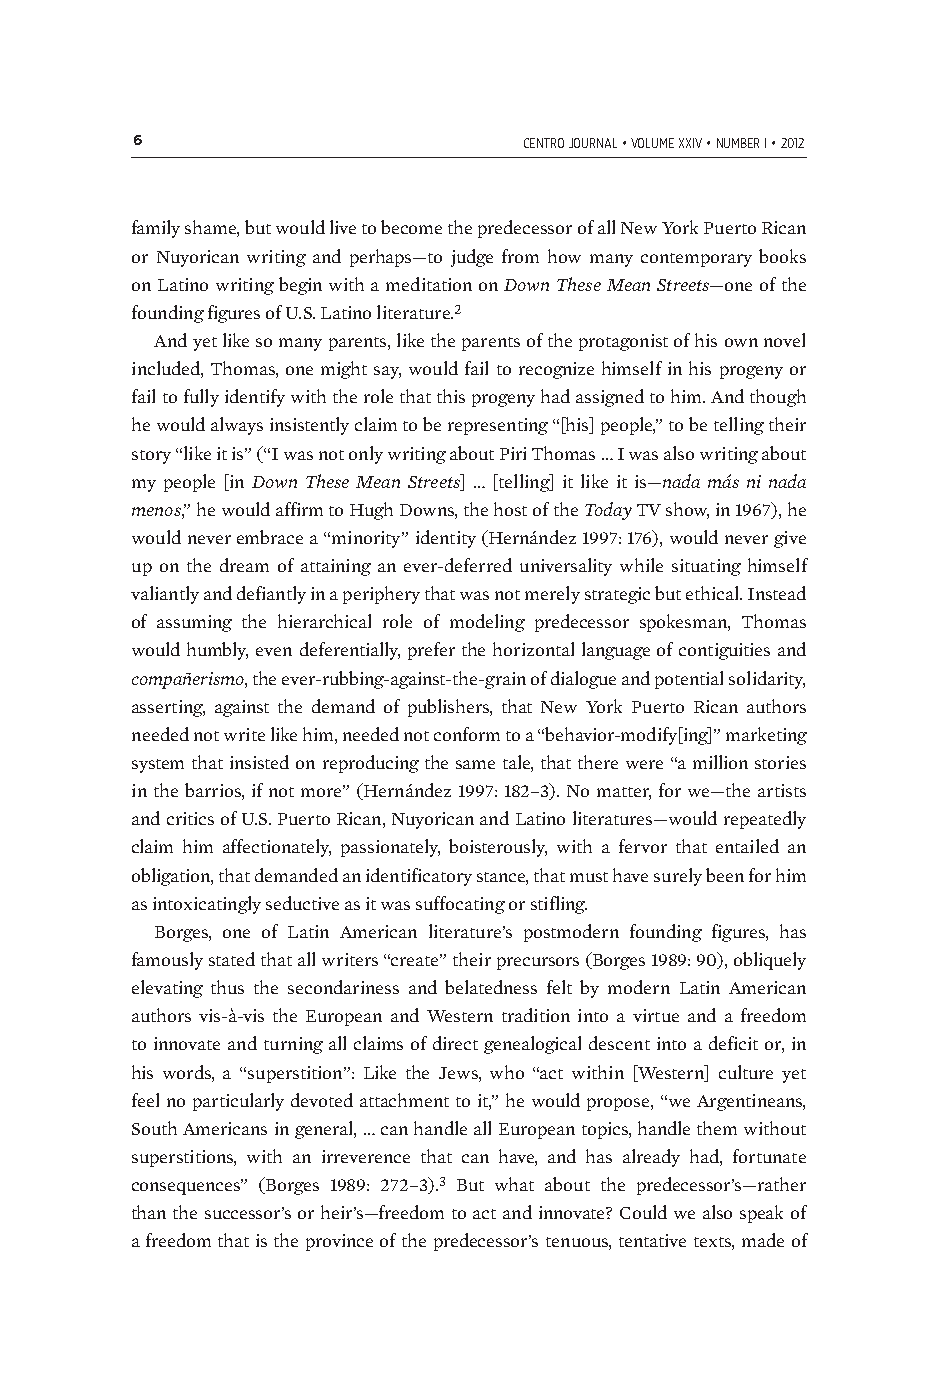
6                         centro journal • volume xxiv • number i • 2012
 family shame, but would live to become the predecessor of all New York Puerto Rican
 or Nuyorican writing and perhaps—to judge from how many contemporary books
 on Latino writing begin with a meditation on Down These Mean Streets—one of the
 founding figures of U.S. Latino literature.2
 And yet like so many parents, like the parents of the protagonist of his own novel
 included, Thomas, one might say, would fail to recognize himself in his progeny or
 fail to fully identify with the role that this progeny had assigned to him. And though
 he would always insistently claim to be representing “[his] people,” to be telling their
 story “like it is” (“I was not only writing about Piri Thomas … I was also writing about
 my people [in Down These Mean Streets] … [telling] it like it is—nada más ni nada
 menos,” he would affirm to Hugh Downs, the host of the Today TV show, in 1967), he
 would never embrace a “minority” identity (Hernández 1997: 176), would never give
 up on the dream of attaining an ever-deferred universality while situating himself
 valiantly and defiantly in a periphery that was not merely strategic but ethical. Instead
 of assuming the hierarchical role of modeling predecessor spokesman, Thomas
 would humbly, even deferentially, prefer the horizontal language of contiguities and
 compañerismo, the ever-rubbing-against-the-grain of dialogue and potential solidarity,
 asserting, against the demand of publishers, that New York Puerto Rican authors
 needed not write like him, needed not conform to a “behavior-modify[ing]” marketing
 system that insisted on reproducing the same tale, that there were “a million stories
 in the barrios, if not more” (Hernández 1997: 182–3). No matter, for we—the artists
 and critics of U.S. Puerto Rican, Nuyorican and Latino literatures—would repeatedly
 claim him affectionately, passionately, boisterously, with a fervor that entailed an
 obligation, that demanded an identificatory stance, that must have surely been for him
 as intoxicatingly seductive as it was suffocating or stifling.
 Borges, one of Latin American literature’s postmodern founding figures, has
 famously stated that all writers “create” their precursors (Borges 1989: 90), obliquely
 elevating thus the secondariness and belatedness felt by modern Latin American
 authors vis-à-vis the European and Western tradition into a virtue and a freedom
 to innovate and turning all claims of direct genealogical descent into a deficit or, in
 his words, a “superstition”: Like the Jews, who “act within [Western] culture yet
 feel no particularly devoted attachment to it,” he would propose, “we Argentineans,
 South Americans in general, … can handle all European topics, handle them without
 superstitions, with an irreverence that can have, and has already had, fortunate
 consequences” (Borges 1989: 272–3).3 But what about the predecessor’s—rather
 than the successor’s or heir’s—freedom to act and innovate? Could we also speak of
 a freedom that is the province of the predecessor’s tenuous, tentative texts, made of